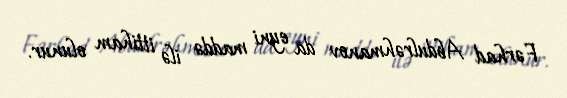
Fərhad Abdulrəhmanov da eyni maddə ilə ittiham olunur.